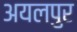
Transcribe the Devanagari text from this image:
अयलपुर